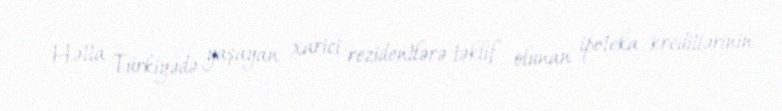
Hətta Türkiyədə yaşayan xarici rezidentlərə təklif olunan ipoteka kreditlərinin